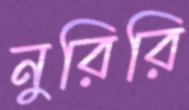
নুরিরি